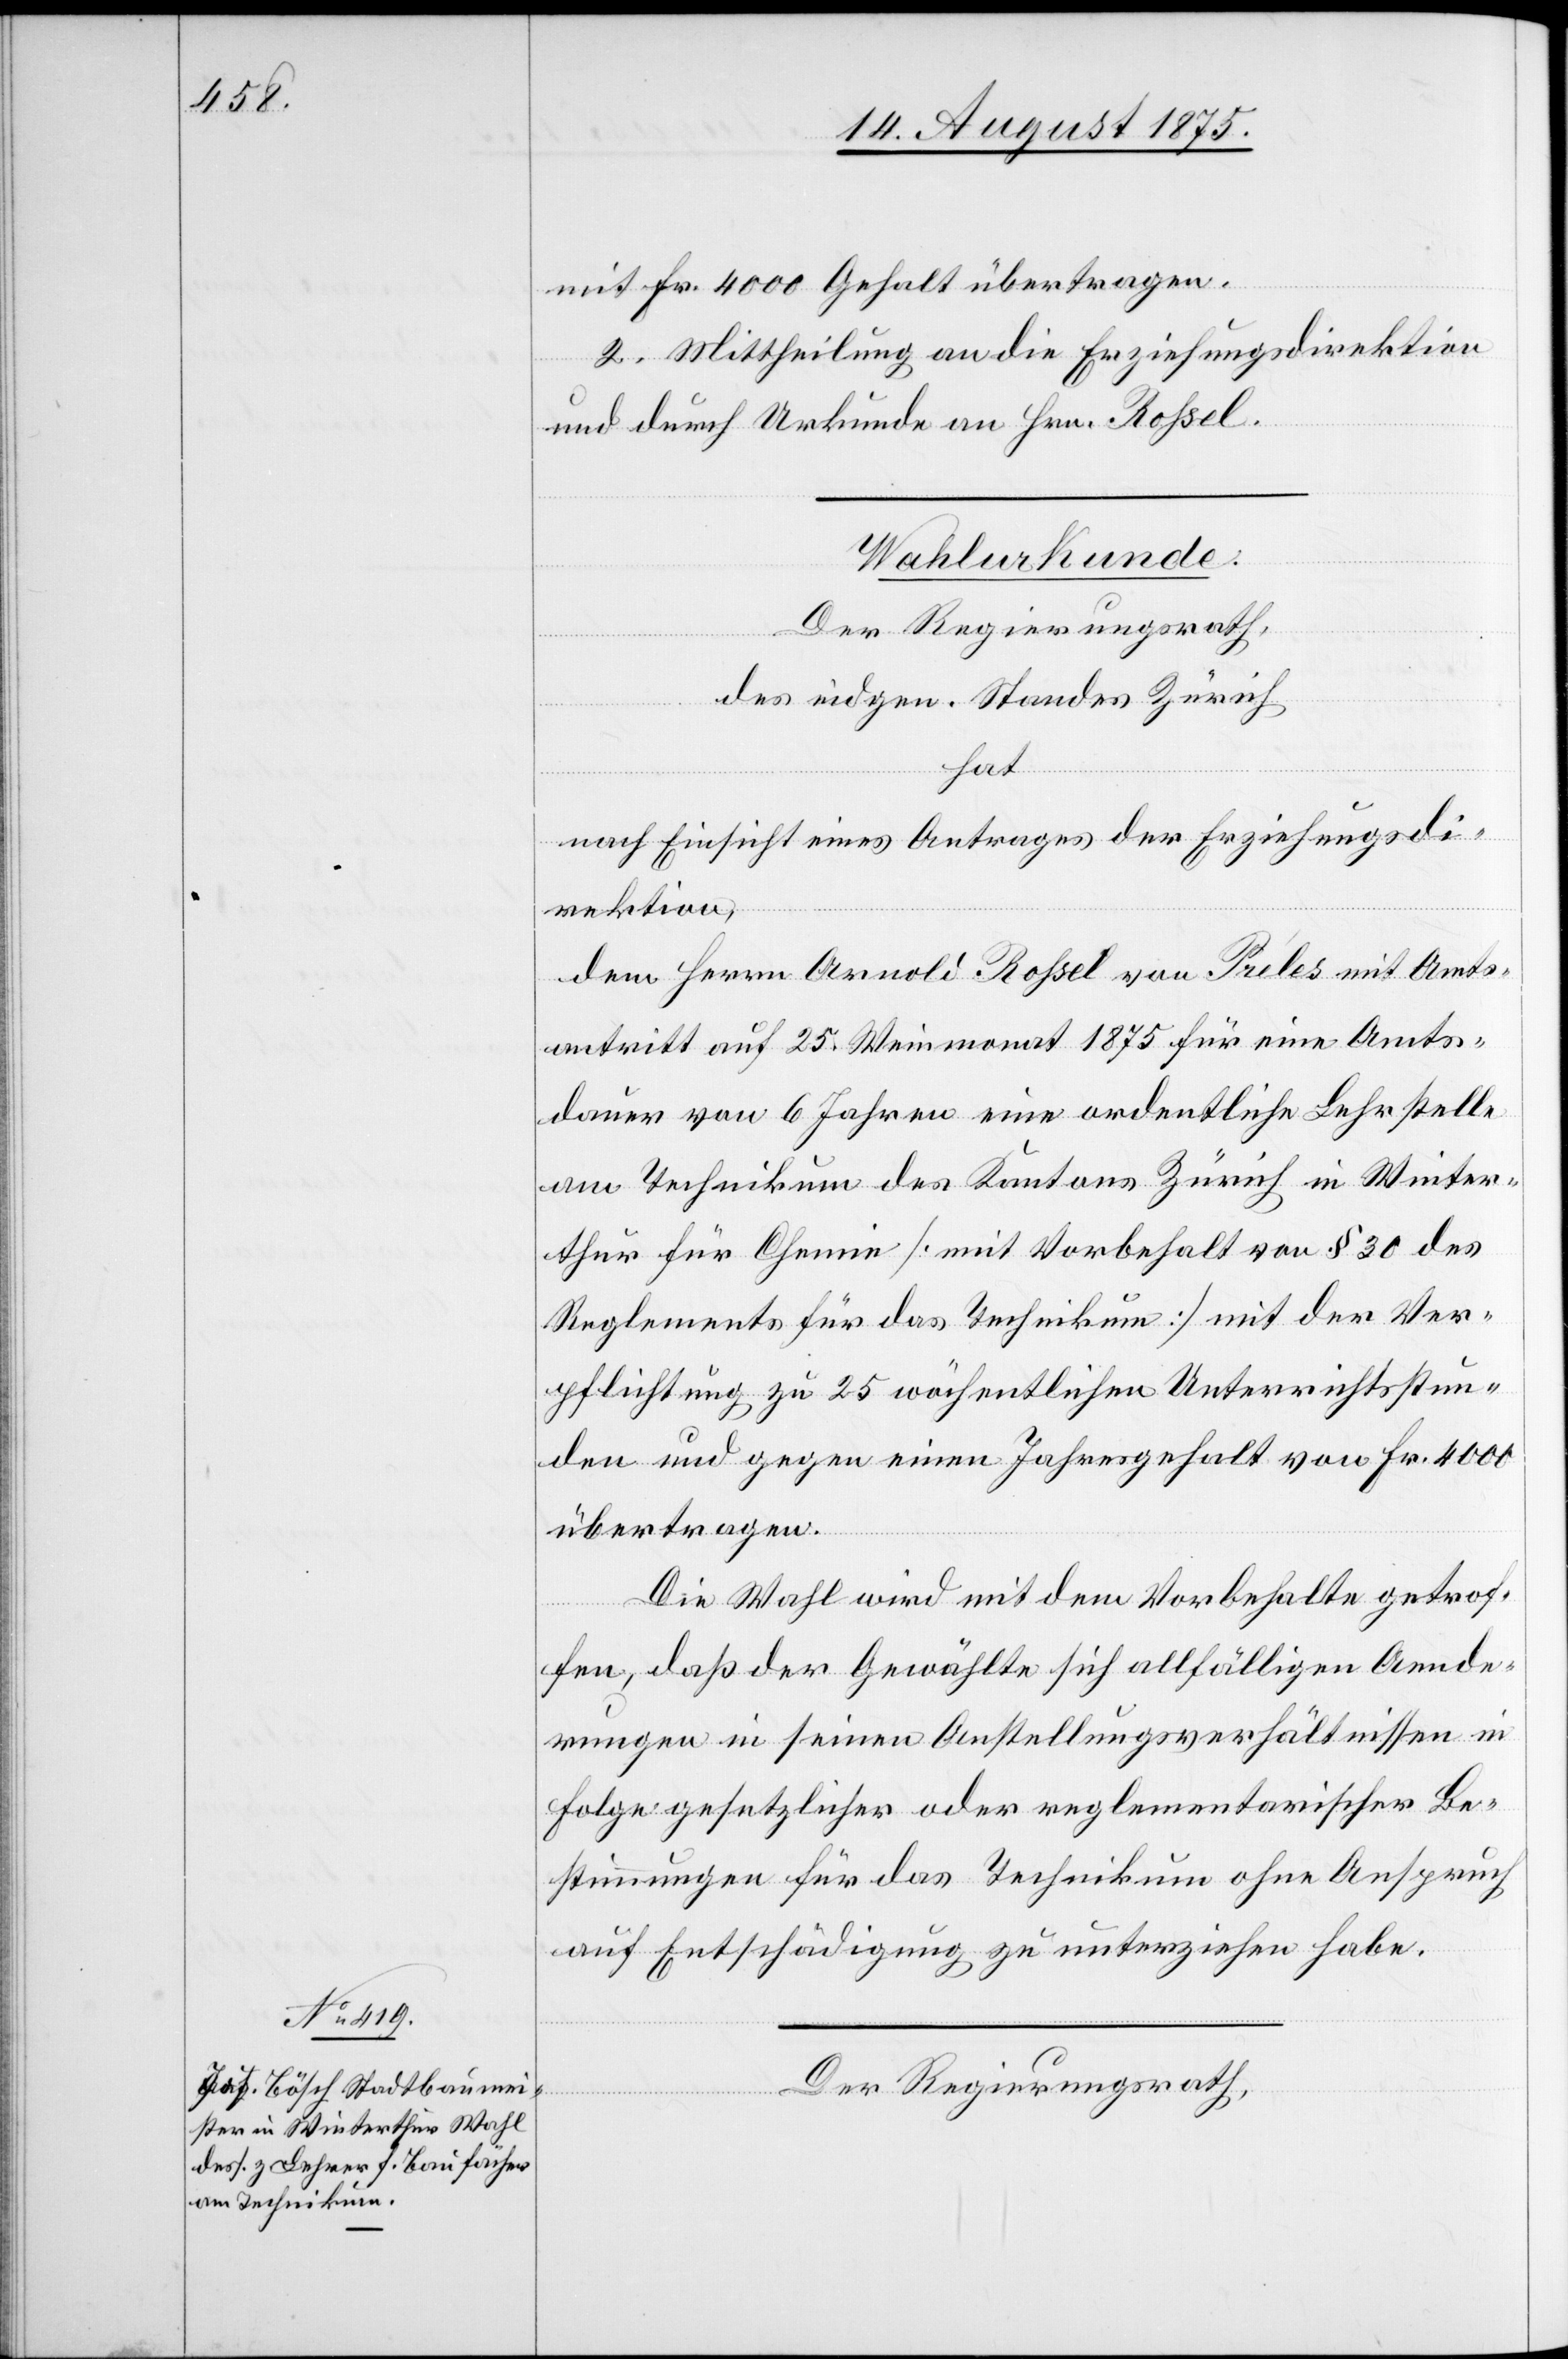
mit Fr. 4000 Gehalt übertragen.
2. Mittheilung an die Erziehungsdirektion
und durch Urkunde an Hrn. Rohsel
Wahlurkunde.
Der Regierungsrath,
des eidg. Standes Zürich
hat
nach Einsicht eines Antrages der Erziehungsdi¬
rektion,
dem Herrn Arnold Roßel von Préles mit Amts¬
antritt auf 25. Weinmonat 1875 für diese Amts¬
dauer von 6 Jahren eine ordentliche Lehrstelle
am Technikum des Kantons Zürich in Winter¬
thur für Chemie [mit Vorbehalt von § 30 des
Reglements für das Technikum] mit der Ver¬
pflichtung zu 25 wöchentlichen Unterrichtsstun¬
den und gegen einen Jahresgehalt von Fr. 4000
übertragen.
Die Wahl wird mit dem Vorbehalte getrof¬
fen, daß der Gewählte sich allfälligen Aende¬
rungen in seinen Anstellungsverhältnissen in
Folge gesetzlicher oder reglementarischer Be¬
stimmungen für das Technikum ohne Anspruch
auf Entschädigung zu unterziehen habe.
Der Regierungsrath,